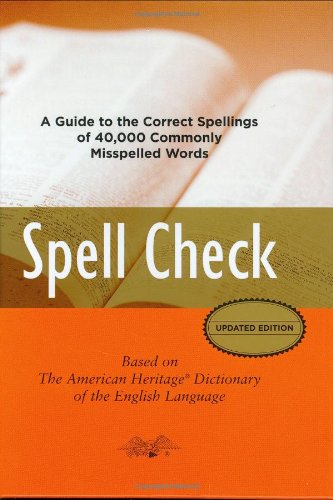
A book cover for Spell Check: A Definitive Source for Finding the Words You Need and Understanding theDifferences Between Them; Editors of the American Heritage Dictionaries; Reference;